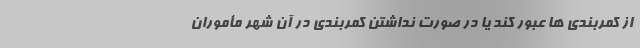
از کمربندی ها عبور کند یا در صورت نداشتن کمربندی در آن شهر مأموران